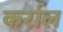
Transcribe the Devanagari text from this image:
कर्राल